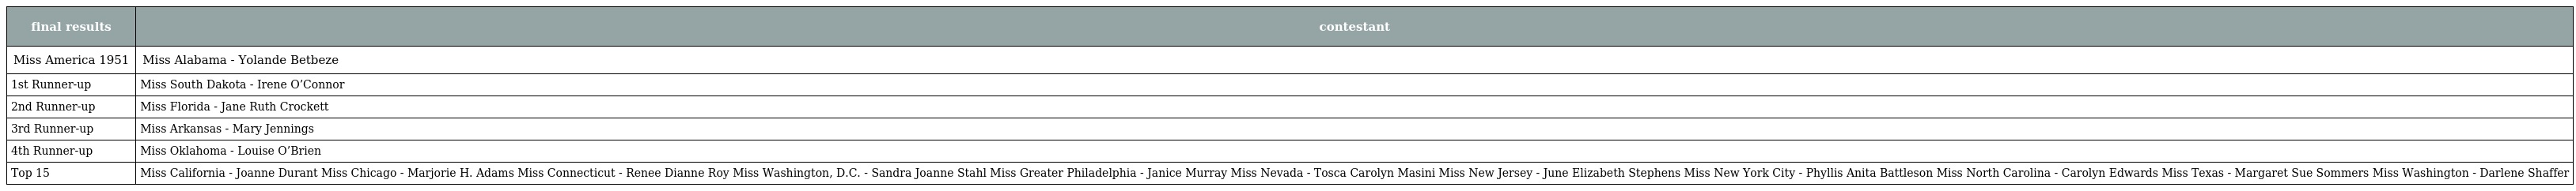
| final results | contestant |
 | --- | --- |
 | Miss America 1951 | Miss Alabama - Yolande Betbeze |
 | 1st Runner-up | Miss South Dakota - Irene O’Connor |
 | 2nd Runner-up | Miss Florida - Jane Ruth Crockett |
 | 3rd Runner-up | Miss Arkansas - Mary Jennings |
 | 4th Runner-up | Miss Oklahoma - Louise O’Brien |
 | Top 15 | Miss California - Joanne Durant Miss Chicago - Marjorie H. Adams Miss Connecticut - Renee Dianne Roy Miss Washington, D.C. - Sandra Joanne Stahl Miss Greater Philadelphia - Janice Murray Miss Nevada - Tosca Carolyn Masini Miss New Jersey - June Elizabeth Stephens Miss New York City - Phyllis Anita Battleson Miss North Carolina - Carolyn Edwards Miss Texas - Margaret Sue Sommers Miss Washington - Darlene Shaffer |